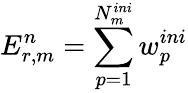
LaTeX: E_{r,m}^{n}=\sum_{p=1}^{N_{m}^{ini}}w_{p}^{ini}